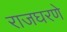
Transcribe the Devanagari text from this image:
राजघरणे